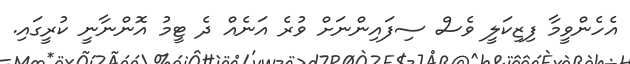
އެހެންވީމާ ފިޒިކަލީ ވެސް ސިފައިންނަށް ވުރެ އަނެއް ދެ ޓީމު އޮންނާނީ ކުރީގައި.